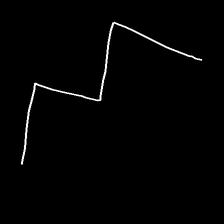
Glyph: crush